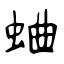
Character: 蛐